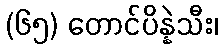
(၆၅) တောင်ပိန္နဲသီး၊